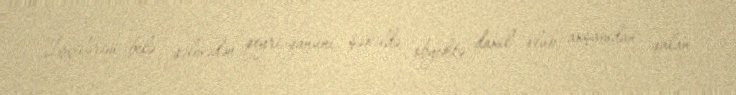
İşçilərim belə gəlmədən qeyri-qanuni şəkildə obyektə daxil olub, axşamdan qalan